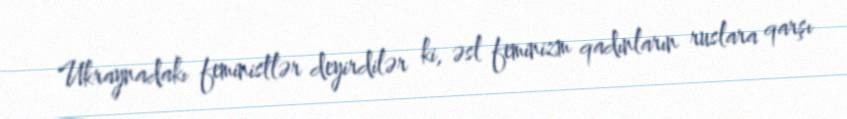
Ukraynadakı feministlər deyirdilər ki, əsl feminizm qadınların ruslara qarşı